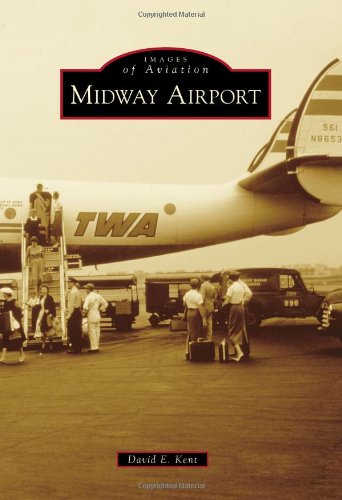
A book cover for Midway Airport (Images of America); David E. Kent; Arts & Photography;